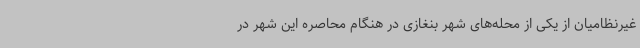
غیرنظامیان از یکی از محله‌های شهر بنغازی در هنگام محاصره این شهر در